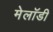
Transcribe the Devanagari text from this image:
मेलॉडी